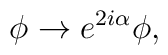
\phi \rightarrow e^{2 i \alpha} \phi,